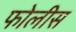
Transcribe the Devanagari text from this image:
फोलीस